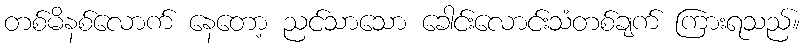
တစ်မိနစ်လောက် နေတော့ ညင်သာသော ခေါင်းလောင်းသံတစ်ချက် ကြားရသည်။